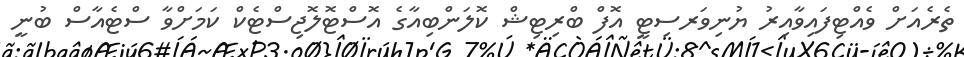
ތެރެއަށް ވެއްޓިފައިވާއިރު ޔުނިވަރސިޓީ އޮފް ބްރިޓިޝް ކޮލަންބިއާގެ އޮސްޓޮލޮޖިސްޓެކް ކަމަށްވާ ސްޓެއާސް ބުނީ